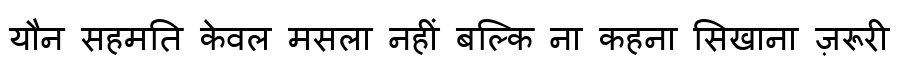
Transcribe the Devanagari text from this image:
यौन सहमति केवल मसला नहीं बल्कि ना कहना सिखाना ज़रूरी